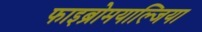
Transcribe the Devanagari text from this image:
फाइब्रोमयाल्जिया